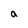
Character: a